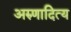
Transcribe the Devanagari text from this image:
अरुणादित्य